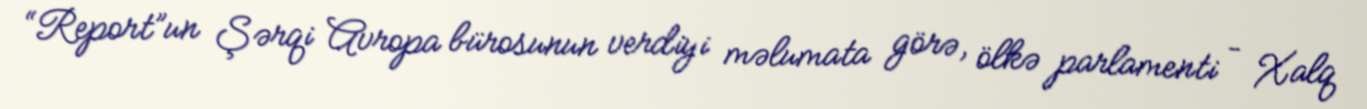
“Report”un Şərqi Avropa bürosunun verdiyi məlumata görə, ölkə parlamenti – Xalq